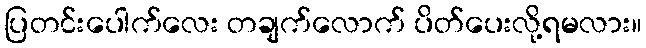
ပြတင်းပေါက်လေး တချက်လောက် ပိတ်ပေးလို့ရမလား။